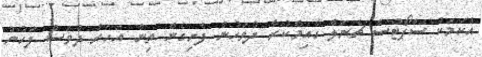
އެކަމަކު ސްޕޯޓްސް ޗެނަލް ގާއިމްކުރާ ދުވަހުން ފެށިގެން ތިން އަހަރު ދުވަސް ފަހުން